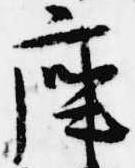
座